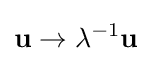
\mathbf {u} \rightarrow \lambda ^{-1}\mathbf {u}